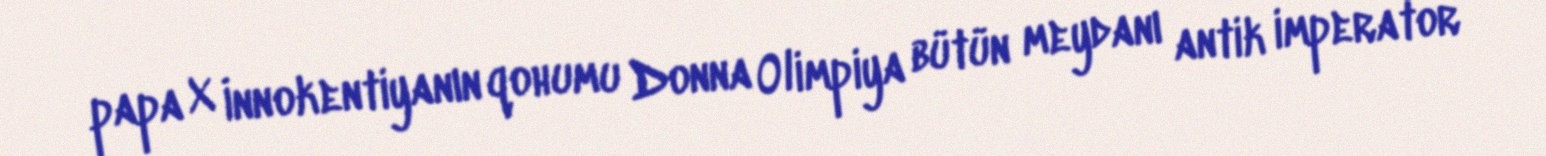
papa X İnnokentiyanın qohumu Donna Olimpiya bütün meydanı antik imperator